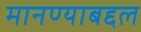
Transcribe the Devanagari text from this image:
मानण्याबद्दल